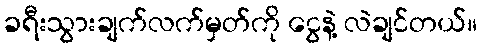
ခရီးသွားချက်လက်မှတ်ကို ငွေနဲ့ လဲချင်တယ်။